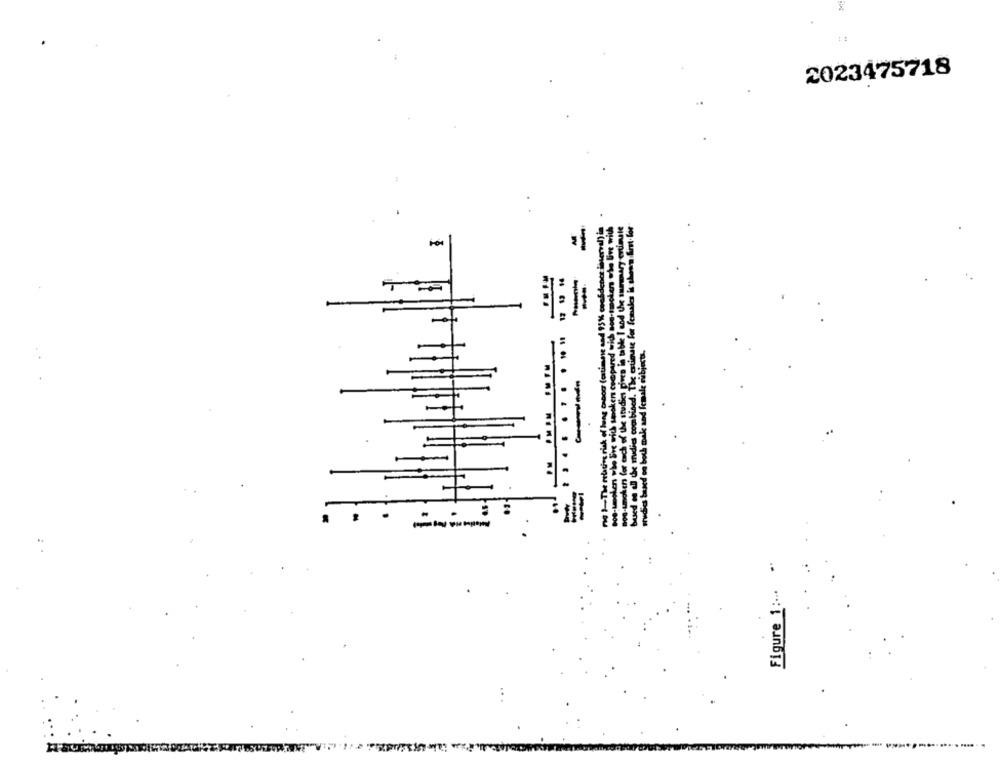
.
2023475718
en who live with smoken compared with see-tmolens who live with
es for each of the studies pires in table I and the sumowry ertist
do the midies combined. The estimate for females is theon Sent.lo
-
-
ved on both mak and female subjecti.
-
... ... ....
----
Figure 1 :...